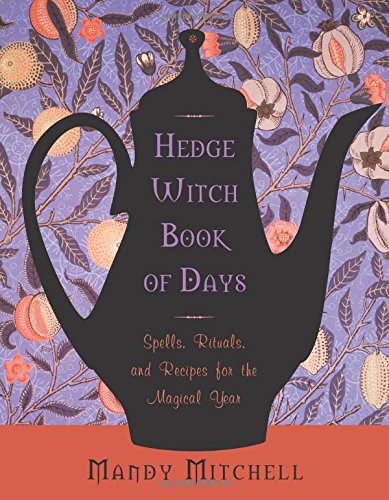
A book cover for Hedgewitch Book of Days: Spells, Rituals, and Recipes for the Magical Year; Mandy Mitchell; Religion & Spirituality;